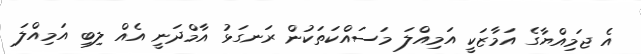
އެ ޖަމިއްޔާގެ އަމާޒަކީ އަމިއްލަ މަސައްކަތަކުން ރަނގަޅު އާމްދަނީ އެއް ލިބި އަމިއްލަ